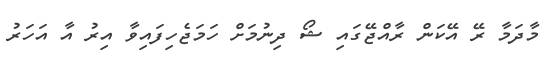
މާދަމާ ރޭ އޭކަން ރާއްޖޭގައި ޝޯ ދިނުމަށް ހަމަޖެހިފައިވާ އިރު އާ އަހަރު